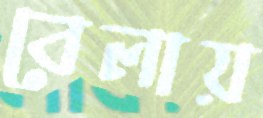
বেলায়